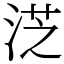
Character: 𣷸